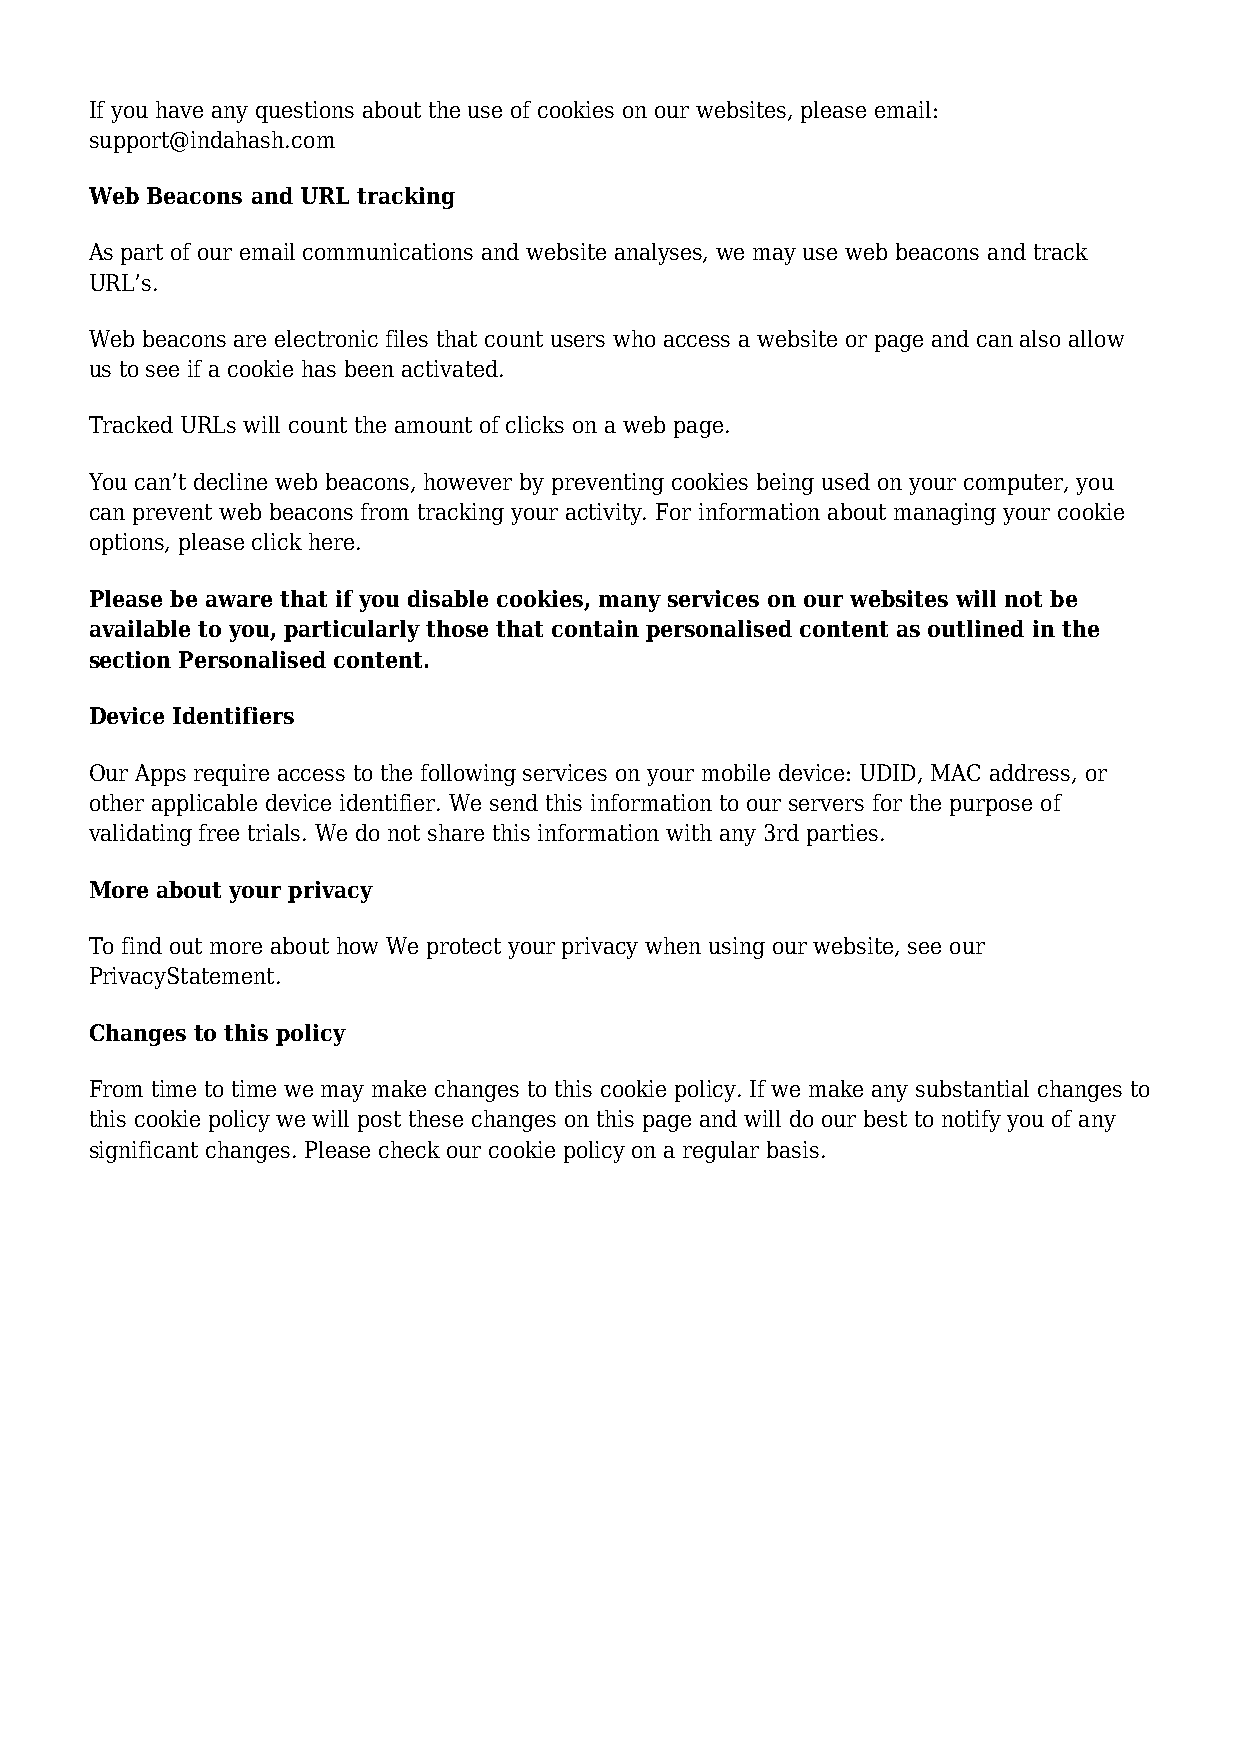
If you have any questions about the use of cookies on our websites, please email:
 support@indahash.com
 Web Beacons and URL tracking
 As part of our email communications and website analyses, we may use web beacons and track
 URL’s.
 Web beacons are electronic files that count users who access a website or page and can also allow
 us to see if a cookie has been activated.
 Tracked URLs will count the amount of clicks on a web page.
 You can’t decline web beacons, however by preventing cookies being used on your computer, you
 can prevent web beacons from tracking your activity. For information about managing your cookie
 options, please click here.
 Please be aware that if you disable cookies, many services on our websites will not be
 available to you, particularly those that contain personalised content as outlined in the
 section Personalised content.
 Device Identifiers
 Our Apps require access to the following services on your mobile device: UDID, MAC address, or
 other applicable device identifier. We send this information to our servers for the purpose of
 validating free trials. We do not share this information with any 3rd parties.
 More about your privacy
 To find out more about how We protect your privacy when using our website, see our
 PrivacyStatement.
 Changes to this policy
 From time to time we may make changes to this cookie policy. If we make any substantial changes to
 this cookie policy we will post these changes on this page and will do our best to notify you of any
 significant changes. Please check our cookie policy on a regular basis.